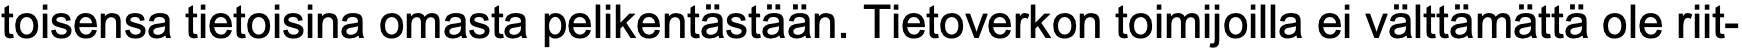
toisensa tietoisina omasta pelikentästään. Tietoverkon toimijoilla ei välttämättä ole riit-